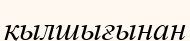
қылшығынан